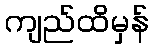
ကျည်ထိမှန်